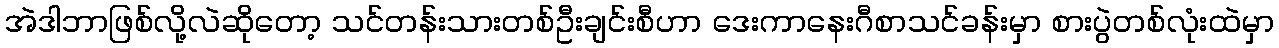
အဲဒါဘာဖြစ်လို့လဲဆိုတော့ သင်တန်းသားတစ်ဦးချင်းစီဟာ ဒေးကာနေးဂီစာသင်ခန်းမှာ စားပွဲတစ်လုံးထဲမှာ